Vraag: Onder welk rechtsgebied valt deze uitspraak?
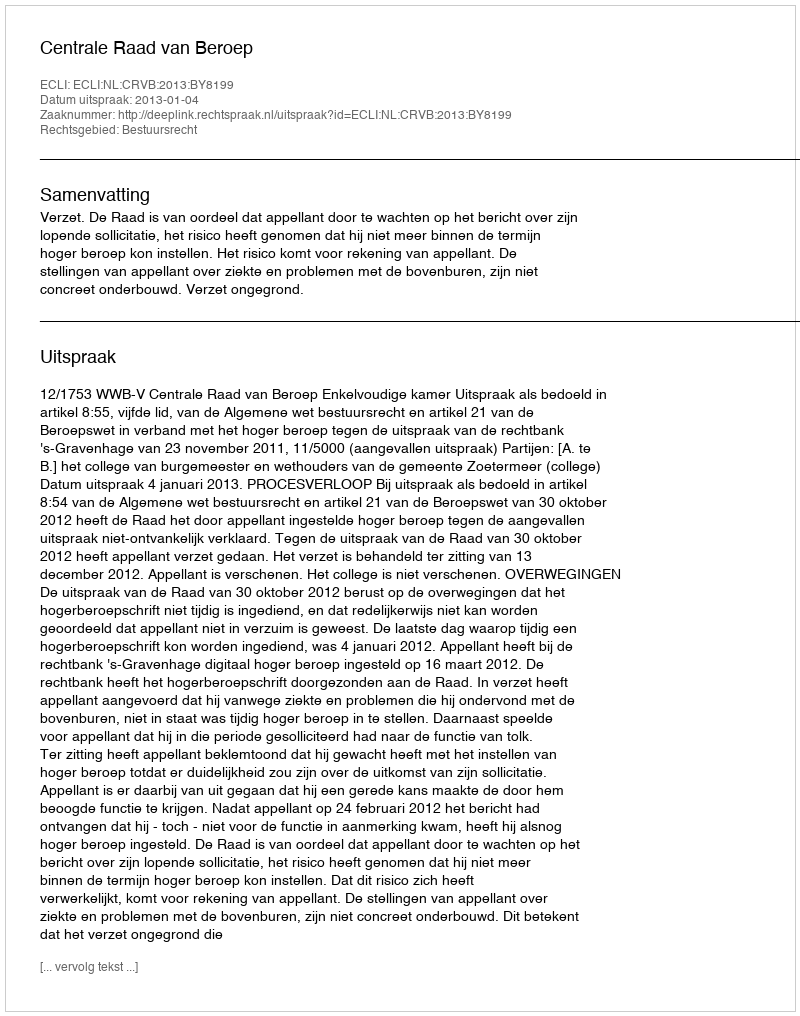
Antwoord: Bestuursrecht